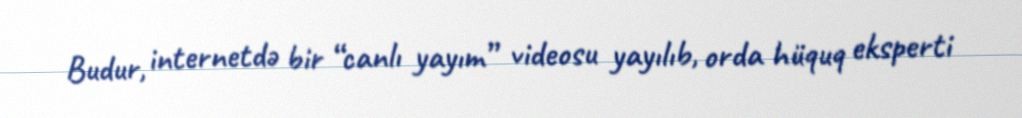
Budur, internetdə bir “canlı yayım” videosu yayılıb, orda hüquq eksperti